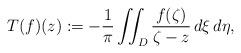
LaTeX: \begin{align*}T(f)(z) := -\frac{1}{\pi} \iint_D \frac{f(\zeta)}{\zeta - z} \,d\xi\,d\eta,\end{align*}